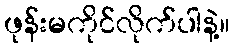
ဖုန်းမကိုင်လိုက်ပါနဲ့။